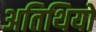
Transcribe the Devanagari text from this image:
अतिथियो